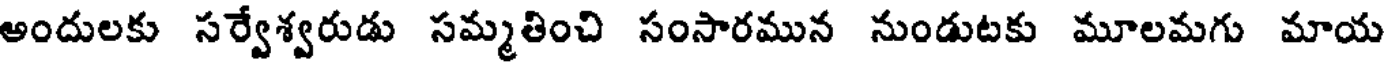
అందులకు సర్వేశ్వరుడు సమ్మతించి సంసారమున నుండుటకు మూలమగు మాయ